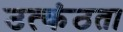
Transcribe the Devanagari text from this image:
उत्कंठता